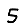
Digit: 5